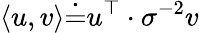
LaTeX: \langle u,v\rangle\dot{=}u^{\top}\cdot{\sigma}^{-2}v